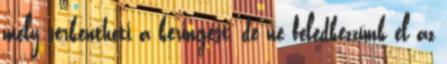
mely serkentheti a keringést, de ne feledkezzünk el az